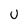
Character: U